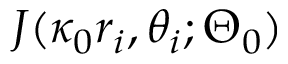
J ( \kappa _ { 0 } r _ { i } , \theta _ { i } ; \Theta _ { 0 } )